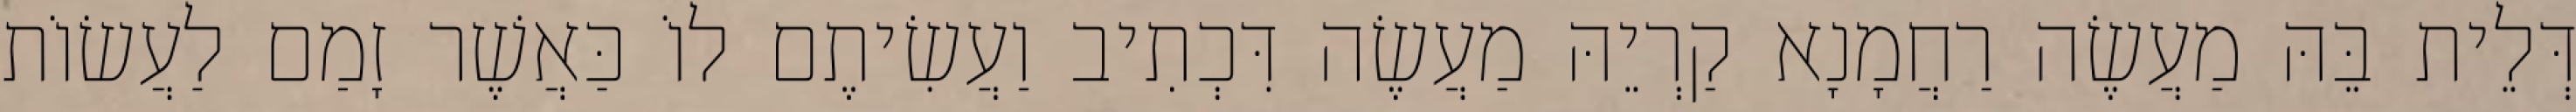
דְּלֵית בֵּהּ מַעֲשֶׂה רַחֲמָנָא קַרְיֵהּ מַעֲשֶׂה דִּכְתִיב וַעֲשִׂיתֶם לוֹ כַּאֲשֶׁר זָמַם לַעֲשׂוֹת